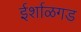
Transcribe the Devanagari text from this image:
ईर्शाळगड